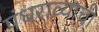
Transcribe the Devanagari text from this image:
पंधराव्याची